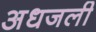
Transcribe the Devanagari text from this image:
अधजली